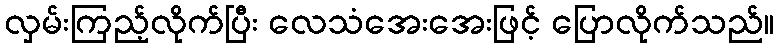
လှမ်းကြည့်လိုက်ပြီး လေသံအေးအေးဖြင့် ပြောလိုက်သည်။